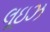
લૂઇઝ